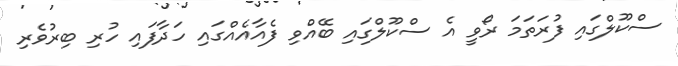
ސްކޫލްގައި ފުރަތަމަ ރޯވީ އެ ސްކޫލްގައި ބޭއްވި ފެއާއެއްގައި ހަދާފައި ހުރި ބިރުވެރި